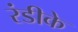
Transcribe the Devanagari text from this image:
रंडीके